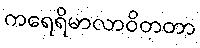
ကရေရိမာလာဝိတတာ